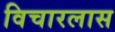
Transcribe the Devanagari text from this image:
विचारलास